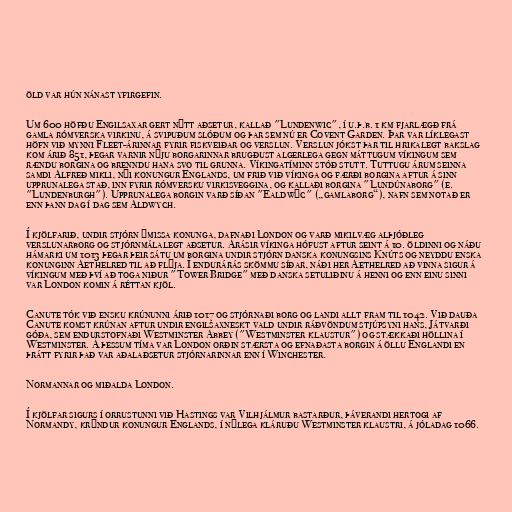
öld var hún nánast yfirgefin.

Um 600 höfðu Engilsaxar gert nýtt aðsetur, kallað "Lundenwic", í u.þ.b. 1 km fjarlægð frá
gamla rómverska virkinu, á svipuðum slóðum og þar sem nú er Covent Garden. Þar var líklegast
höfn við mynni Fleet-árinnar fyrir fiskveiðar og verslun. Verslun jókst þar til hrikalegt bakslag
kom árið 851, þegar varnir nýju borgarinnar brugðust algerlega gegn máttugum víkingum sem
rændu borgina og brenndu hana svo til grunna. Víkingatíminn stóð stutt. Tuttugu árum seinna
samdi Alfreð mikli, nýi konungur Englands, um frið við víkinga og færði borgina aftur á sinn
upprunalega stað, inn fyrir rómversku virkisveggina, og kallaði borgina "Lundúnaborg" (e.
"Lundenburgh"). Upprunalega borgin varð síðan "Ealdwīc" („gamlaborg“), nafn sem notað er
enn þann dag í dag sem Aldwych.

Í kjölfarið, undir stjórn ýmissa konunga, dafnaði London og varð mikilvæg alþjóðleg
verslunarborg og stjórnmálalegt aðsetur. Árásir víkinga hófust aftur seint á 10. öldinni og náðu
hámarki um 1013 þegar þeir sátu um borgina undir stjórn danska konungsins Knúts og neyddu enska
konunginn Aethelred til að flýja. Í endurárás skömmu síðar, náði her Aethelred að vinna sigur á
víkingum með því að toga niður "Tower Bridge" með danska setuliðinu á henni og enn einu sinni
var London komin á réttan kjöl.

Canute tók við ensku krúnunni árið 1017 og stjórnaði borg og landi allt fram til 1042. Við dauða
Canute komst krúnan aftur undir engilsaxneskt vald undir ráðvöndum stjúpsyni hans, Játvarði
góða, sem endurstofnaði Westminster Abbey ("Westminster klaustur") og stækkaði höllina í
Westminster. Á þessum tíma var London orðin stærsta og efnaðasta borgin á öllu Englandi en
þrátt fyrir það var aðalaðsetur stjórnarinnar enn í Winchester.

Normannar og miðalda London.

Í kjölfar sigurs í orrustunni við Hastings var Vilhjálmur bastarður, þáverandi hertogi af
Normandy, krýndur konungur Englands, í nýlega kláruðu Westminster klaustri, á jóladag 1066.